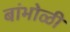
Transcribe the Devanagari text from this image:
बांभोळी